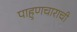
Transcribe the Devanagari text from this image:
पाहुणचाराची